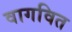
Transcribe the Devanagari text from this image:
वागवित